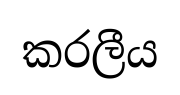
කරලීය